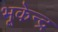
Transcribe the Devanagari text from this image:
भूकेन्द्र